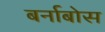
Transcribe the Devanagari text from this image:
बर्नाबोस